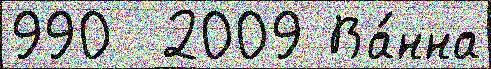
990  2009 Ва́нна